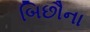
બિછૌના